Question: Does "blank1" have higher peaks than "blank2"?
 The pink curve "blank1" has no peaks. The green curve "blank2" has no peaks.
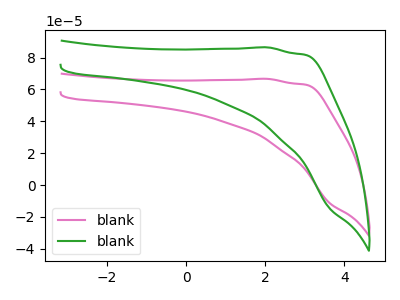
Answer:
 <answer>Niether CV has any peaks.</answer>
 <eval>blanks</eval>